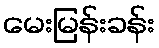
မေးမြန်းခန်း